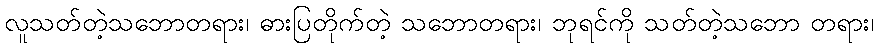
လူသတ်တဲ့သဘောတရား၊ ဓားပြတိုက်တဲ့ သဘောတရား၊ ဘုရင်ကို သတ်တဲ့သဘော တရား၊